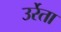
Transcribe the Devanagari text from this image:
उर्रेता